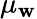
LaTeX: {\mu}_{\mathbf{w}}